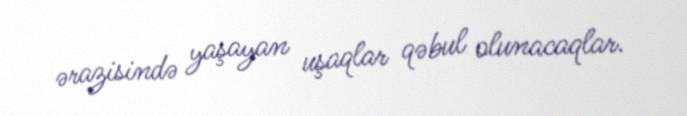
ərazisində yaşayan uşaqlar qəbul olunacaqlar.